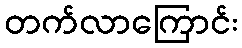
တက်လာကြောင်း